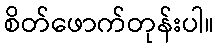
စိတ်ဖောက်တုန်းပါ။